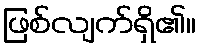
ဖြစ်လျက်ရှိ၏။